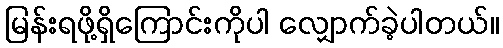
မြန်းရဖို့ရှိကြောင်းကိုပါ လျှောက်ခဲ့ပါတယ်။